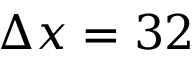
\Delta x = 3 2